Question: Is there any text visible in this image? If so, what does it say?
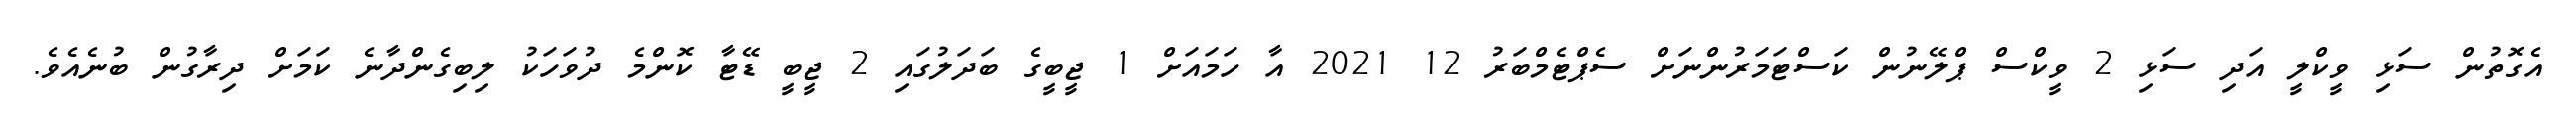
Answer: އެގޮތުން ސަޅި ވީކްލީ އަދި ސަޅި 2 ވީކްސް ޕްލޭނުން ކަސްޓަމަރުންނަށް ސެޕްޓެމްބަރު 12 2021 އާ ހަމައަށް 1 ޖީބީގެ ބަދަލުގައި 2 ޖީބީ ޑޭޓާ ކޮންމެ ދުވަހަކު ލިބިގެންދާނެ ކަމަށް ދިރާގުން ބުނެއެވެ.